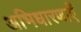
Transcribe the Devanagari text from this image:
अभिधारणाएँ